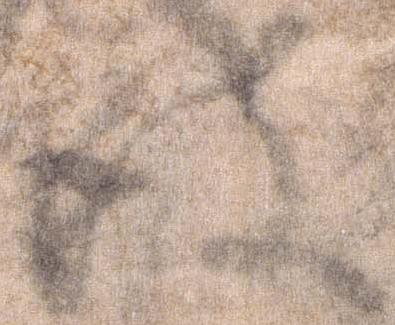
彼